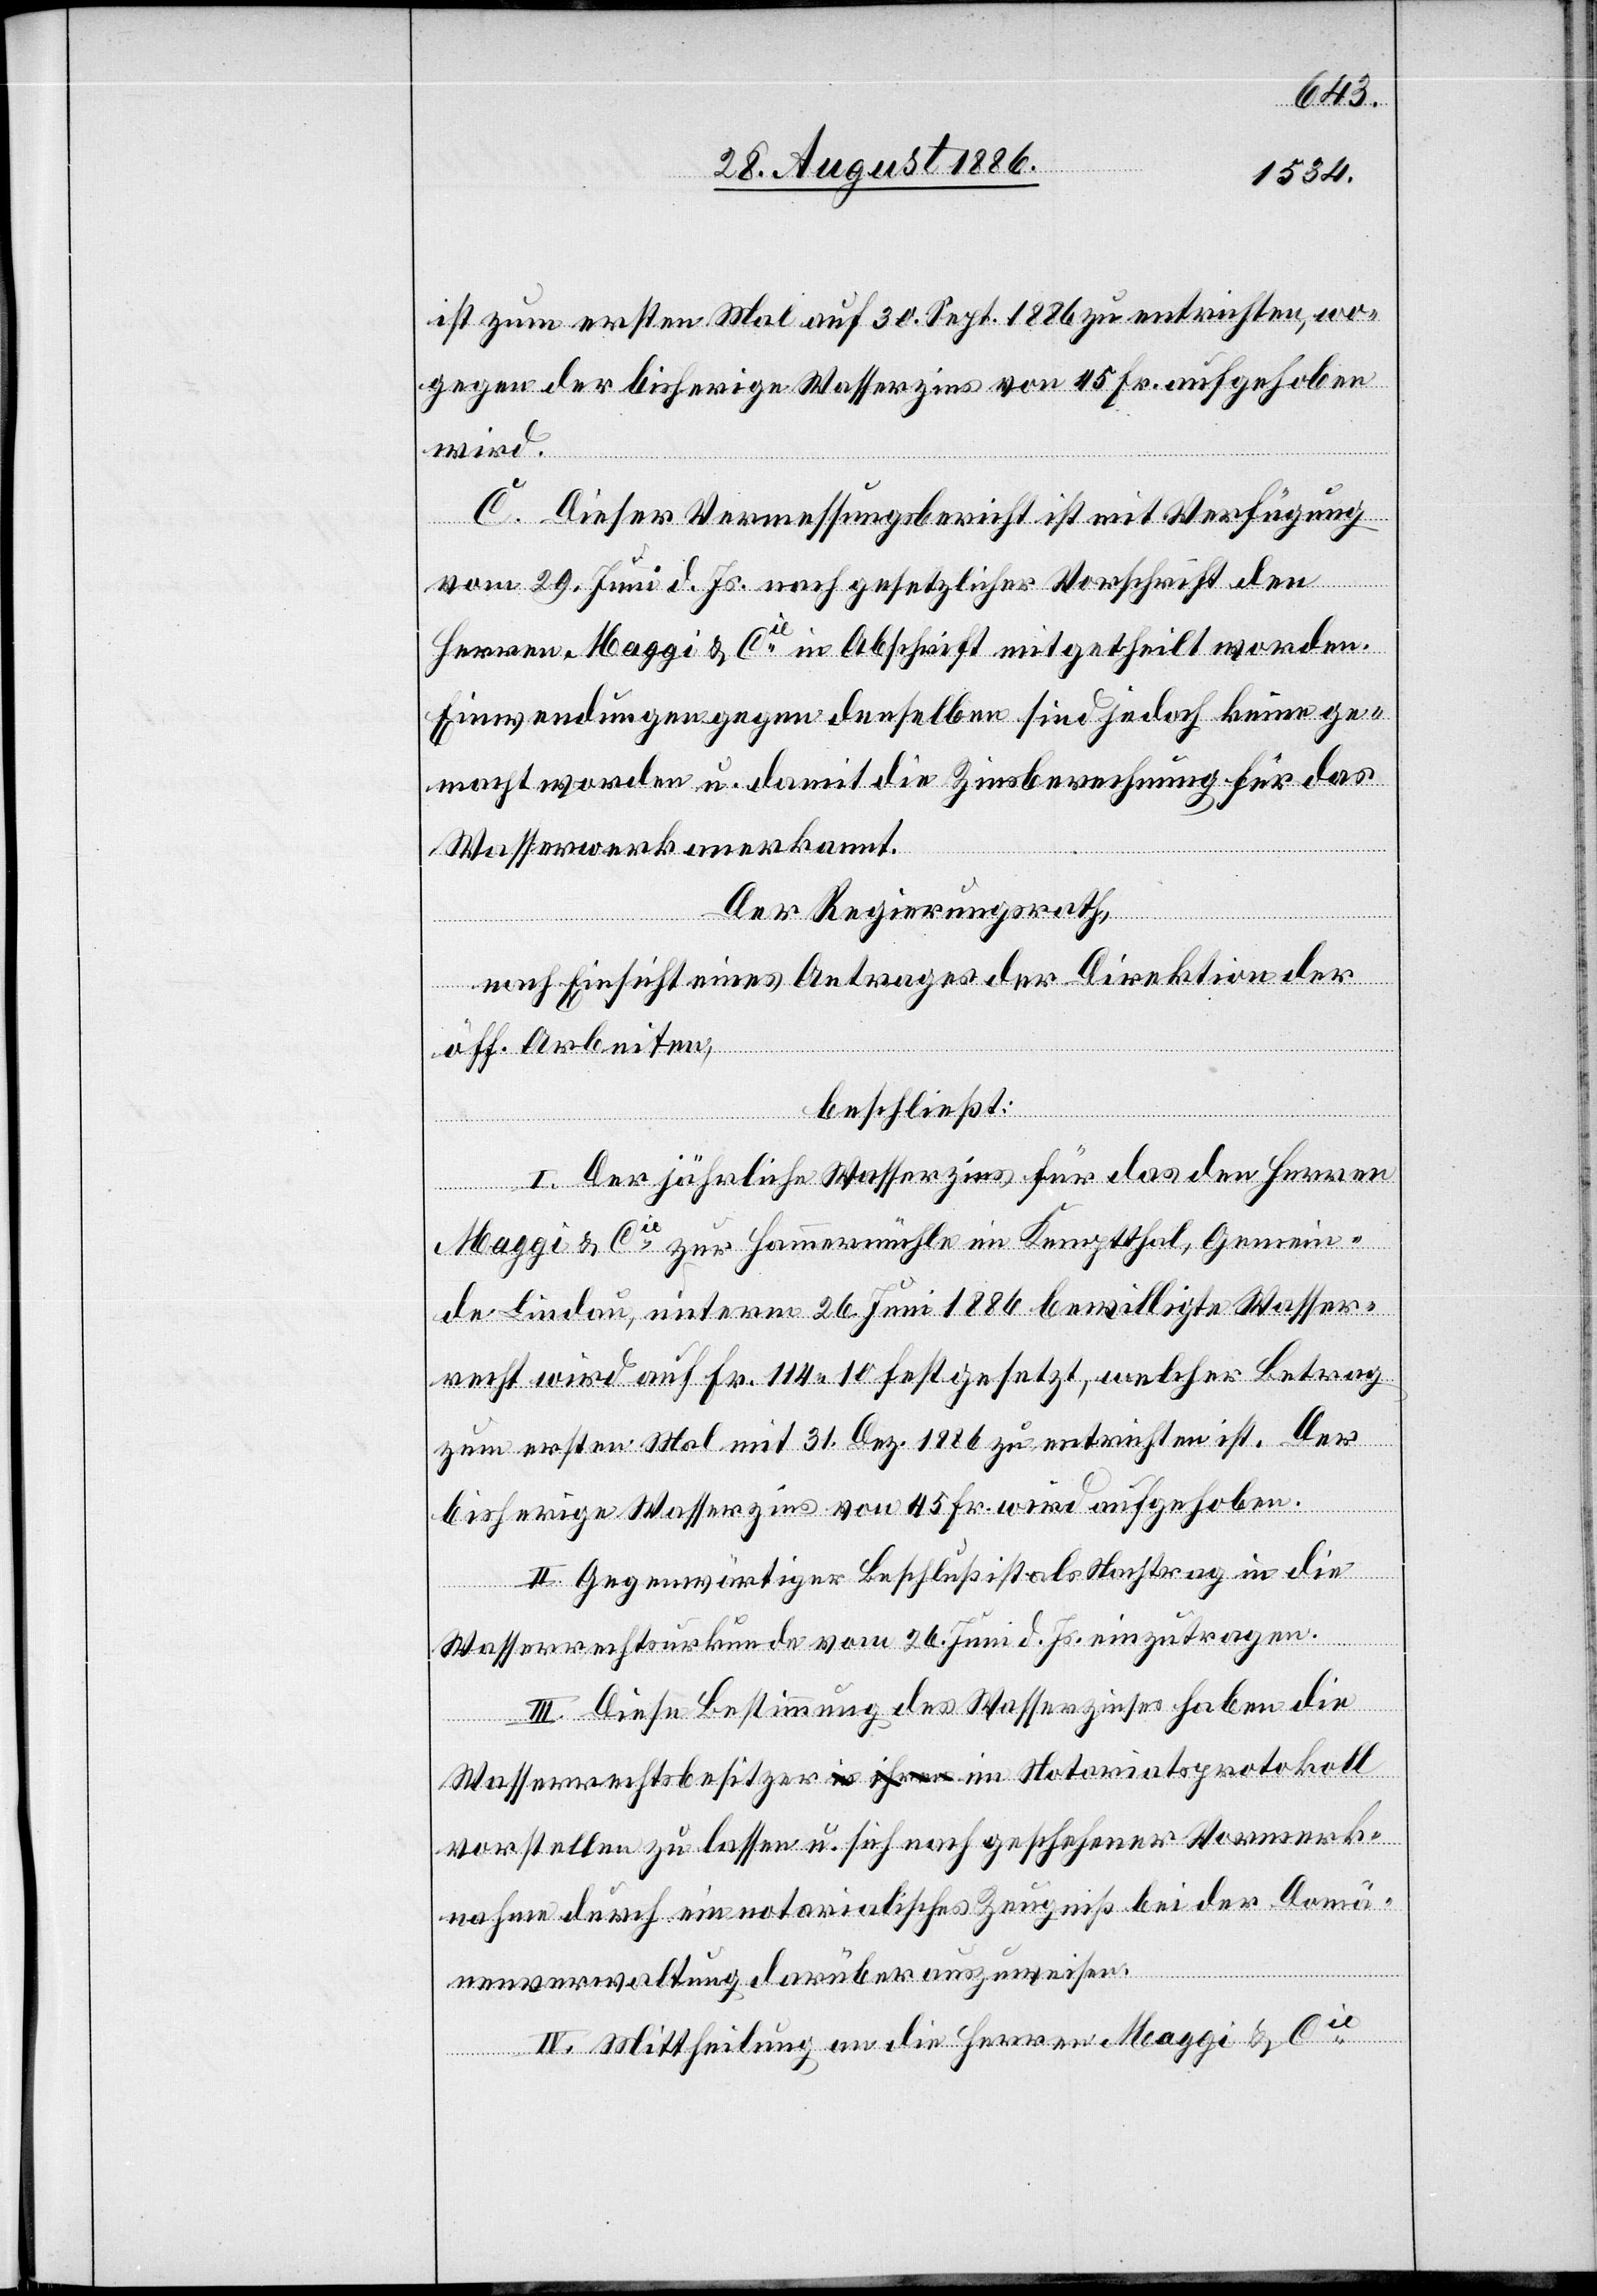
ist zum ersten Mal auf 30. Sept. 1886 zu entrichten, wo¬
gegen der bisherige Wasserzins von 45 Fr. aufgehoben
wird.
C. Dieser Vermessungsbericht ist mit Verfügung
vom 29. Juni. d. Js. nach gesetzlicher Vorschrift den
Herren Maggi & Cie in Abschrift mitgetheilt worden.
Einwendungen gegen denselben sind jedoch keine ge¬
macht worden u. damit die Zinsberechnung für das
Wasserwerk anerkannt.
Der Regierungsrath,
nach Einsicht eines Antrages der Direktion der
öff. Arbeiten,
beschließt:
I. Der jährliche Wasserzins für das den Herren
Maggi & Cie zur Hammermühle in Kemptthal, Gemein¬
de Lindau, unterm 26. Juni 1886 bewilligte Wasser¬
recht wird auf Fr. 114 10 festgesetzt, welcher Betrag
zum ersten Mal mit 31. Dez. 1886 zu entrichten. Der
bisherige Wasserzins von 45 Fr. wird aufgehoben.
II. Gegenwärtiger Beschluß ist als Nachtrag in die
Wasserrechtsurkunde vom 26. Juni d. Js. einzutragen.
III. Diese Bestimmung des Wasserzinses haben die
Wasserrechtsbesitzer a-in ihren-a im Notariatsprotokoll
vorstellen zu lassen u. sich nach geschehener Vormerk¬
nahme durch ein notarialisches Zeugniß bei der Domä¬
nenverwaltung darüber auszuweisen.
IV. Mittheilung an die Herren Maggi & Cie